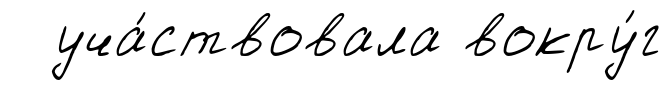
уча́ствовала вокру́г